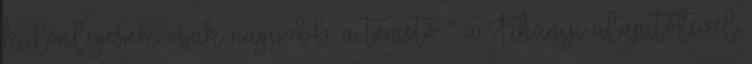
különlegesek, csak nagyobb a temető. " .a Tihanyi alapítólevél